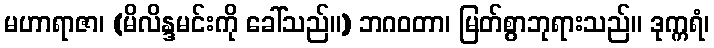
မဟာရာဇာ၊ (မိလိန္ဒမင်းကို ခေါ်သည်။) ဘဂဝတာ၊ မြတ်စွာဘုရားသည်။ ဒုက္ကရံ၊